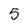
Character: 5